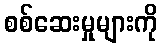
စစ်ဆေးမှုများကို